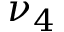
\nu _ { 4 }